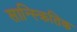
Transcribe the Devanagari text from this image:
सान्स्क्रितिक